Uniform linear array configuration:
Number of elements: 12
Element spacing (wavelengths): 0.25
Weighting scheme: hann
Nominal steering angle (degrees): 45
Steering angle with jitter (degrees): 44.754
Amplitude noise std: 0.05
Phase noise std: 0.05

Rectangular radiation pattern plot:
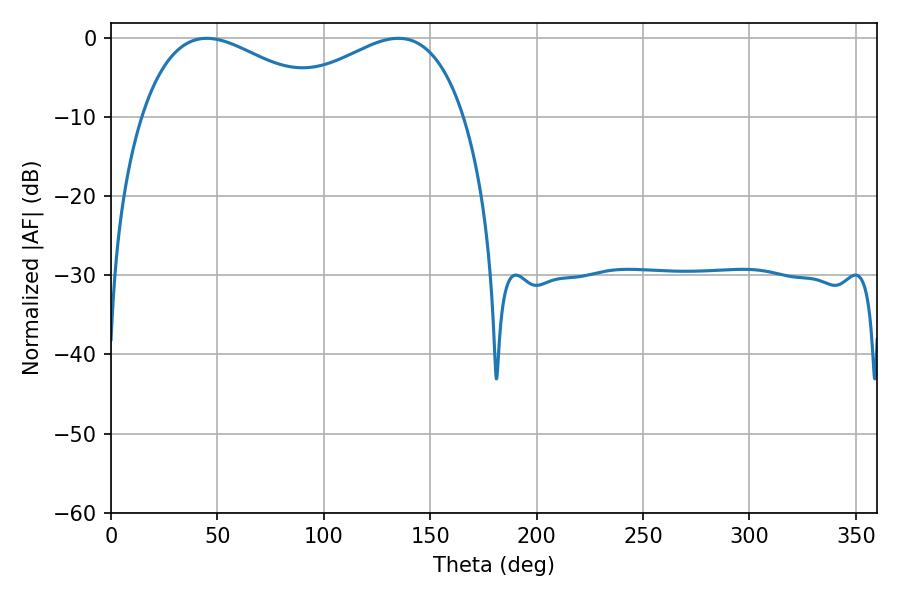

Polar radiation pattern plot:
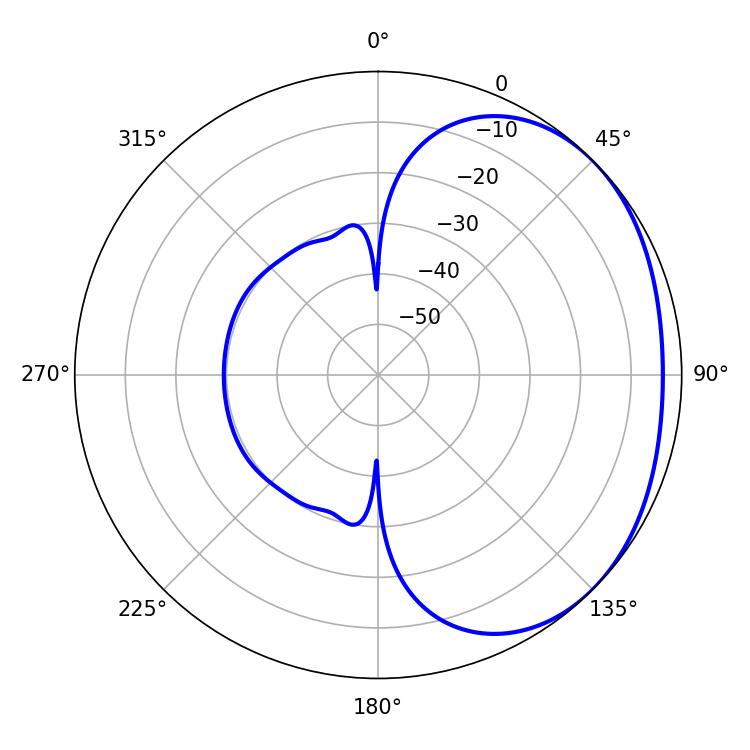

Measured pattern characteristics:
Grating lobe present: FALSE
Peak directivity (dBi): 1.938
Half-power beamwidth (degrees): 49.68
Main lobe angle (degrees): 45